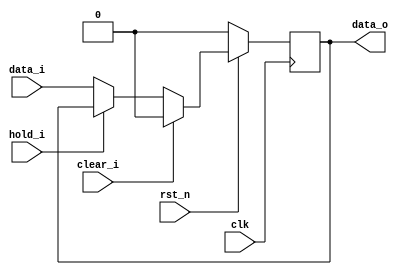
module pipeline_reg #(parameter N = 1)
    (
    input              clk,
    input              rst_n,

    // control ports
    input              clear_i,
    input              hold_i,
    // slave ports
    input      [N-1:0] data_i,
    // master ports
    output reg [N-1:0] data_o
);

always @(posedge clk) begin
    if (~rst_n) begin
        data_o  <= {N{1'b0}};
    end
    else if (clear_i) begin
        data_o  <= {N{1'b0}};
    end
    else if (hold_i) begin
        data_o  <= data_o;
    end
    else begin
        data_o  <= data_i;
    end
end

endmodule